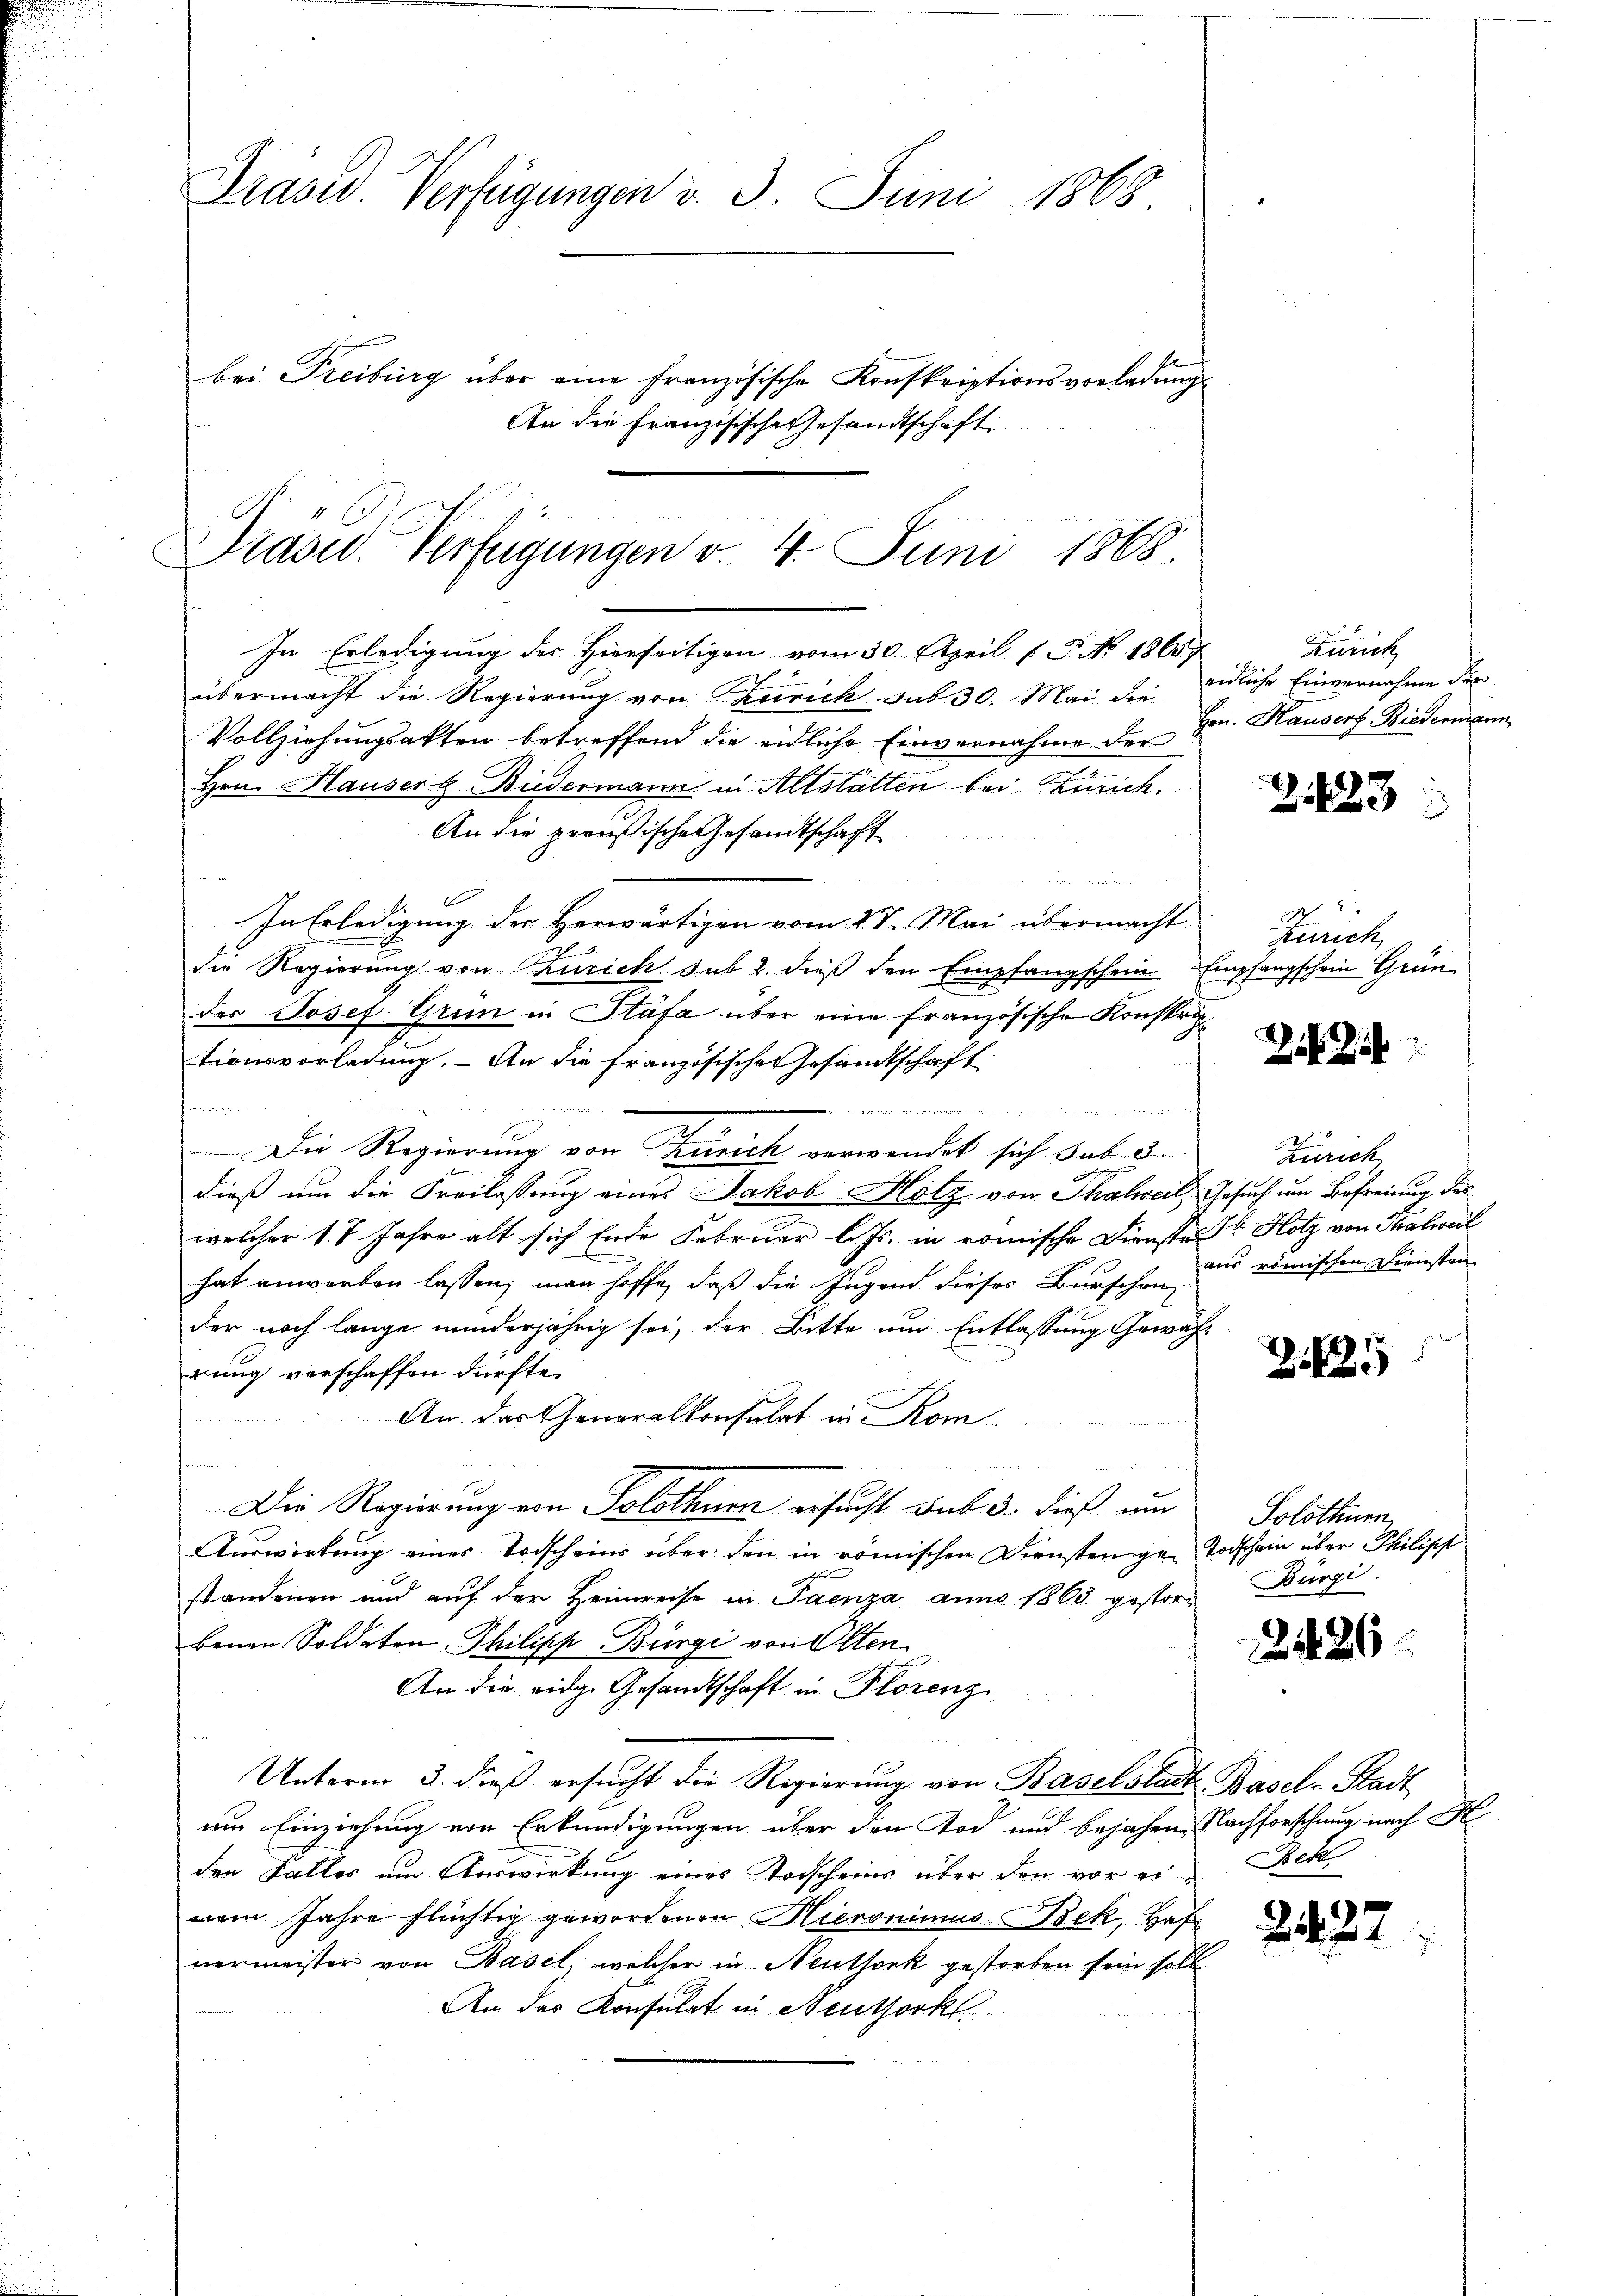
Präsid. Verfügungen d. 3. Juni 1868.
bei Freiburg über eine französische Konskriptionsvorladungs¬
An die Französische Gesandtschaft

Präsid. Verfügungen v. 4. Juni 1868.
In Erledigung der Hierseitigen vom 30. April (T. No. 1865

übermacht die Regierung von Zürich sub 30. Mai der eidliche Einvernahme der
Vollziehungsakten betreffend die eidliche Einvernahme der
Hrn. Hauser Biedermann in Altstätten bei Zürich.
An die preußische Gesandtschaft
d
In Erledigung der Herwärtigen vom 27. Mai übermacht
die Regierung von Zürich sub 2. dieß den Empfangschein Empfangschein Gren
des Josef Grün in Stäfa über eine französische Konstric
tionsvorladung. - An die französische Gesandtschaft

Die Regierung von Zürich verwandet sich sub. 8.
dieß um die Freilassung eines Jakob Hotz von Thalweil, Gesuch um Befreiung des
welcher 1. 7 Jahre alt sich Ende Februar l. Js. in römische Dienste Sr Hotz von Thalweil
hat anwerben lassen; man hoffe, daß die Jugend dieses Burschen
der noch lange minderjährig sei, der Bitte nur Entlassung Gewährung verschaffen dürfte.
An das Generalkonsulat in Kom¬

o
eer sein eine
Die Regierung von Solothurn ersucht sub 3. dieß um
Auswirkung eines Todscheins über den in römischen Diensten ge- Todschein über Philipp
standenen und auf der Heimreise in Paenza anno 1863 gestorbenen Soldaten Philipp Bürgi von Olten
An die eidg. Gesandtschaft in Florenz
Unterm 3. dieß ersucht die Regierung von Baselstadt Basel-Stadt
am Einziehung von Erkundigungen über den Tod und bejahen Nachforschung nach M
den Falles um Auswirkung eines Todscheins über den vor er Bek
vom Jahre flüchtig gewordenen Hieronimus Bek, Haf
nermeister von Basel, welcher in Neuthork gestorben sein soll
An das Konsulat in Neuthorkl

Zürich
Hrn. Hauserf Biedermann

1423

Ich
Zürich

2

t
Zürich
aus römischen Diensten

25

Solothurn,
Bürgi

2426

2427